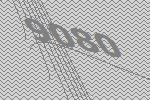
9080